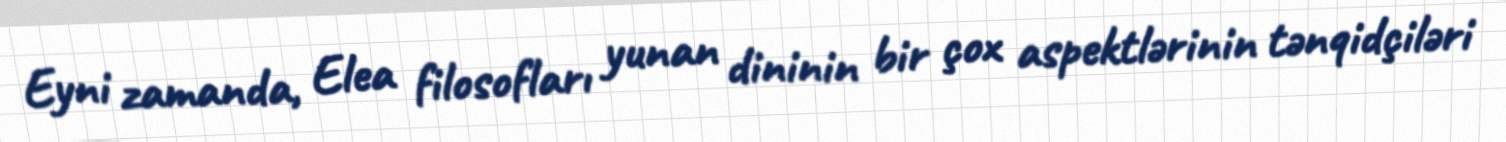
Eyni zamanda, Elea filosofları yunan dininin bir çox aspektlərinin tənqidçiləri